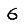
Digit: 6